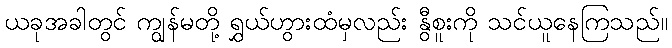
ယခုအခါတွင် ကျွန်မတို့ ရွှယ်ဟွားထံမှလည်း နွီစူးကို သင်ယူနေကြသည်။